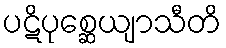
ပဋိပုစ္ဆေယျာသီတိ